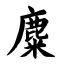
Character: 麋